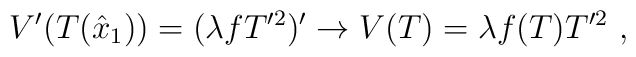
V'(T(\hat{x}_1))=(\lambda  fT'^2)'\rightarrow V(T)=\lambda f(T)T'^2 \ ,